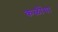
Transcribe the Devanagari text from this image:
कळींचा